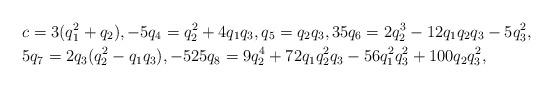
LaTeX: \begin{align*}&c = 3 (q_1^2 + q_2), - 5 q_4 = q_2^2 + 4 q_1 q_3, q_5 = q_2 q_3, 35 q_6 = 2 q_2^3 - 12 q_1 q_2 q_3 - 5 q_3^2,\\&5 q_7 = 2 q_3 (q_2^2 - q_1 q_3), - 525 q_8 = 9 q_2^4 + 72 q_1 q_2^2 q_3 - 56 q_1^2 q_3^2 + 100 q_2 q_3^2,\end{align*}